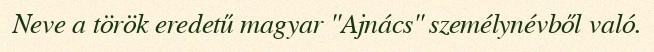
Neve a török eredetű magyar "Ajnács" személynévből való.